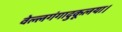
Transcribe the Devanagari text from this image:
वेल्लगंगादुकूलया।